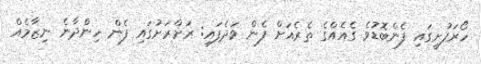
ހޯރަފުށީގައި ފެންބޮޑުވެ ގެއެއްގެ ތެރެއަށް ފެން ވަދެފައި: ރަށްރަށުގައި ފެން ހިންދާނެ ނިޒާމެއް